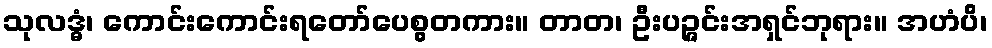
သုလဒ္ဓံ၊ ကောင်းကောင်းရတော်ပေစွတကား။ တာတ၊ ဦးပဉ္ဇင်းအရှင်ဘုရား။ အဟံပိ၊